Report of the Indian Hemp Drugs Commission, 1894-1895 - Volume IV
Year: 1894
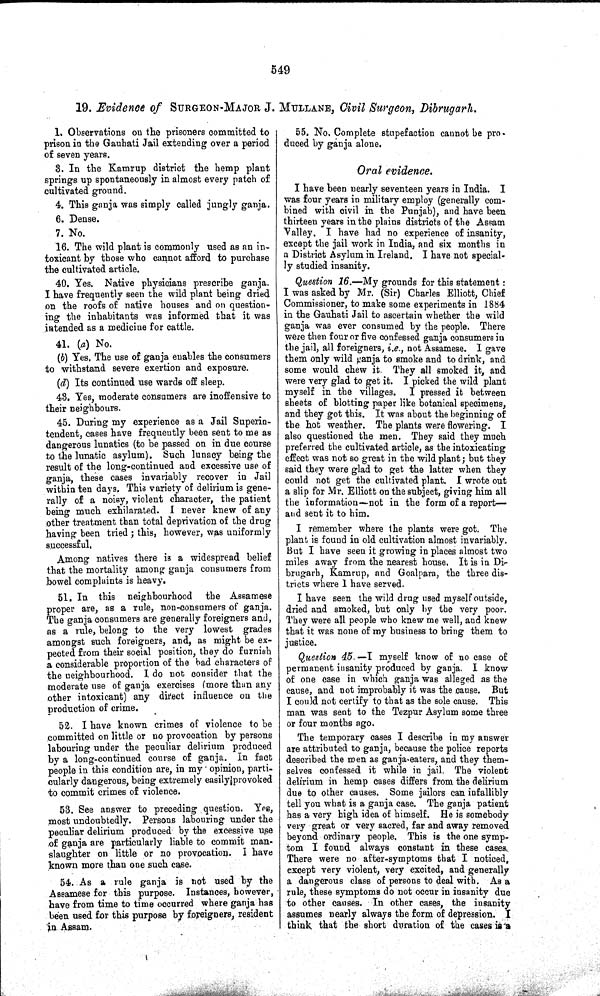
549
19. Evidence of SURGEON-MAJOR J. MULLANE, Civil Surgeon, Dibrugarh.
1. Observations on the prisoners committed to
prison in the Gauhati Jail extending over a period
of seven years.
3. In the Kamrup district the hemp plant
springs up spontaneously in almost every patch of
cultivated ground.
4. This ganja was simply called jungly ganja.
6. Dense.
7. No.
16. The wild plant is commonly used as an in-
toxicant by those who cannot afford to purchase
the cultivated article.
40. Yes. Native physicians prescribe ganja.
I have frequently seen the wild plant being dried
on the roofs of native houses and on question-
ing the inhabitants was informed that it was
intended as a medicine for cattle.
41. (a) No.
(b) Yes. The use of ganja enables the consumers
to withstand severe exertion and exposure.
(d) Its continued use wards off sleep.
43. Yes, moderate consumers are inoffensive to
their neighbours.
45. During my experience as a Jail Superin-
tendent, cases have frequently been sent to me as
dangerous lunatics (to be passed on in due course
to the lunatic asylum). Such lunacy being the
result of the long-continued and excessive use of
ganja, these cases invariably recover in Jail
within ten days. This variety of delirium is gene-
rally of a noisy, violent character, the patient
being much exhilarated. I never knew of any
other treatment than total deprivation of the drug
having been tried; this, however, was uniformly
successful.
Among natives there is a widespread belief
that the mortality among ganja consumers from
bowel complaints is heavy.
51. In this neighbourhood the Assamese
proper are, as a rule, non-consumers of ganja.
The ganja consumers are generally foreigners and,
as a rule, belong to the very lowest grades
amongst such foreigners, and, as might be ex-
pected from their social position, they do furnish
a considerable proportion of the bad characters of
the neighbourhood. I do not consider that the
moderate use of ganja exercises (more than any
other intoxicant) any direct influence on the
production of crime.
52. I have known crimes of violence to be
committed on little or no provocation by persons
labouring under the peculiar delirium produced
by a long-continued course of ganja. In fact
people in this condition are, in my opinion, parti-
cularly dangerous, being extremely easily provoked
to commit crimes of violence.
53. See answer to preceding question. Yes,
most undoubtedly. Persons labouring under the
peculiar delirium produced by the excessive use
of ganja are particularly liable to commit man-
slaughter on little or no provocation. I have
known more than one such case.
54. As a rule ganja is not used by the
Assamese for this purpose. Instances, however,
have from time to time occurred where ganja has
been used for this purpose by foreigners, resident
in Assam.
55. No. Complete stupefaction cannot be pro-
duced by ganja alone.
Oral evidence.
I have been nearly seventeen years in India. I
was four years in military employ (generally com-
bined with civil in the Punjab), and have been
thirteen years in the plains districts of the Assam
Valley. I have had no experience of insanity,
except the jail work in India, and six months in
a District Asylum in Ireland. I have not special-
ly studied insanity.
Question 16.—My grounds for this statement:
I was asked by Mr. (Sir) Charles Elliott, Chief
Commissioner, to make some experiments in 1884
in the Gauhati Jail to ascertain whether the wild
ganja was ever consumed by the people. There
were then four or five confessed ganja consumers in
the jail, all foreigners, i.e., not Assamese. I gave
them only wild ganja to smoke and to drink, and
some would chew it. They all smoked it, and
were very glad to get it. I picked the wild plant
myself in the villages. I pressed it between
sheets of blotting paper like botanical specimens,
and they got this. It was about the beginning of
the hot weather. The plants were flowering. I
also questioned the men. They said they much
preferred the cultivated article, as the intoxicating
effect was not so great in the wild plant; but they
said they were glad to get the latter when they
could not get the cultivated plant. I wrote out
a slip for Mr. Elliott on the subject, giving him all
the information-—not in the form of a report—
and sent it to him.
I remember where the plants were got. The
plant is found in old cultivation almost invariably.
But I have seen it growing in places almost two
miles away from the nearest house. It is in Di-
brugarh, Kamrup, and Goalpara, the three dis-
tricts where I have served.
I have seen the wild drug used myself outside,
dried and smoked, but only by the very poor.
They were all people who knew me well, and knew
that it was none of my business to bring them to
justice.
Question 45.—I myself know of no case of
permanent insanity produced by ganja. I know
of one case in which ganja was alleged as the
cause, and not improbably it was the cause. But
I could not certify to that as the sole cause. This
man was sent to the Tezpur Asylum some three
or four months ago.
The temporary cases I describe in my answer
are attributed to ganja, because the police reports
described the men as ganja-eaters, and they them-
selves confessed it while in jail. The violent
delirium in hemp cases differs from the delirium
due to other causes. Some jailors can infallibly
tell you what is a ganja case. The ganja patient
has a very high idea of himself. He is somebody
very great or very sacred, far and away removed
beyond ordinary people. This is the one symp-
tom I found always constant in these cases
There were no after-symptoms that I noticed,
except very violent, very excited, and generally
a dangerous class of persons to deal with. As a
rule, these symptoms do not occur in insanity due
to other causes. In other cases, the insanity
assumes nearly always the form of depression. I
think that the short duration of the cases is a